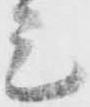
元